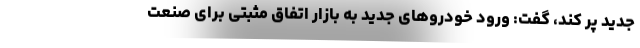
جدید پر کند، گفت: ورود خودروهای جدید به بازار اتفاق مثبتی برای صنعت